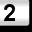
Digit: 2